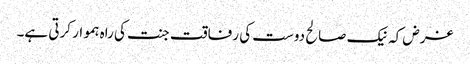
غرض کہ نیک صالح دوست کی رفاقت جنت کی راہ ہموار کرتی ہے۔